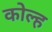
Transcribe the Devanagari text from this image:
कोल्ह